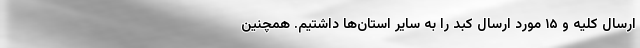
ارسال کلیه و ۱۵ مورد ارسال کبد را به سایر استان‌ها داشتیم. همچنین